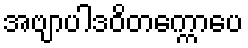
အဗျာပါဒဝိတက္ကောပေ